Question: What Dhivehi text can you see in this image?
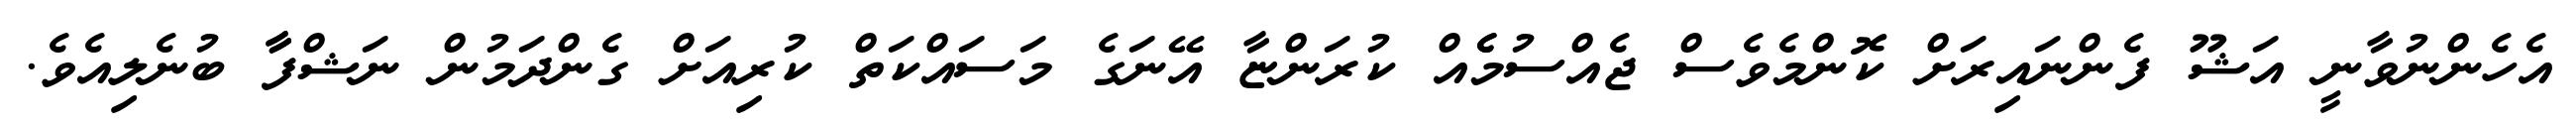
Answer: އެހެންނުވާނީ އަޝޫ ފެންނައިރަށް ކޮންމެވެސް ޖެއްސުމެެއް ކުރަންޏާ އޭނަގެ މަސައްކަތް ކުރިއަށް ގެންދަމުން ނަޝްފާާ ބުނެލިއެވެ.